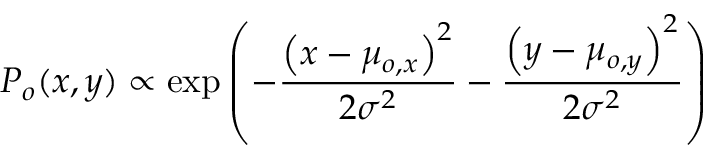
P _ { o } ( x , y ) \propto \mathrm { e x p } \left( - \frac { \left( x - \mu _ { o , x } \right) ^ { 2 } } { 2 \sigma ^ { 2 } } - \frac { \left( y - \mu _ { o , y } \right) ^ { 2 } } { 2 \sigma ^ { 2 } } \right)